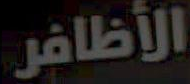
الأظافر